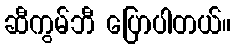
ဆီကွမ်ဘီ ပြောပါတယ်။